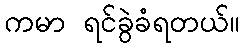
ကမာ ရင်ခွဲခံရတယ်။